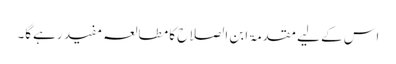
اس کے لیے مقدمۃ ابن الصلاح کا مطالعہ مفید رہےگا۔